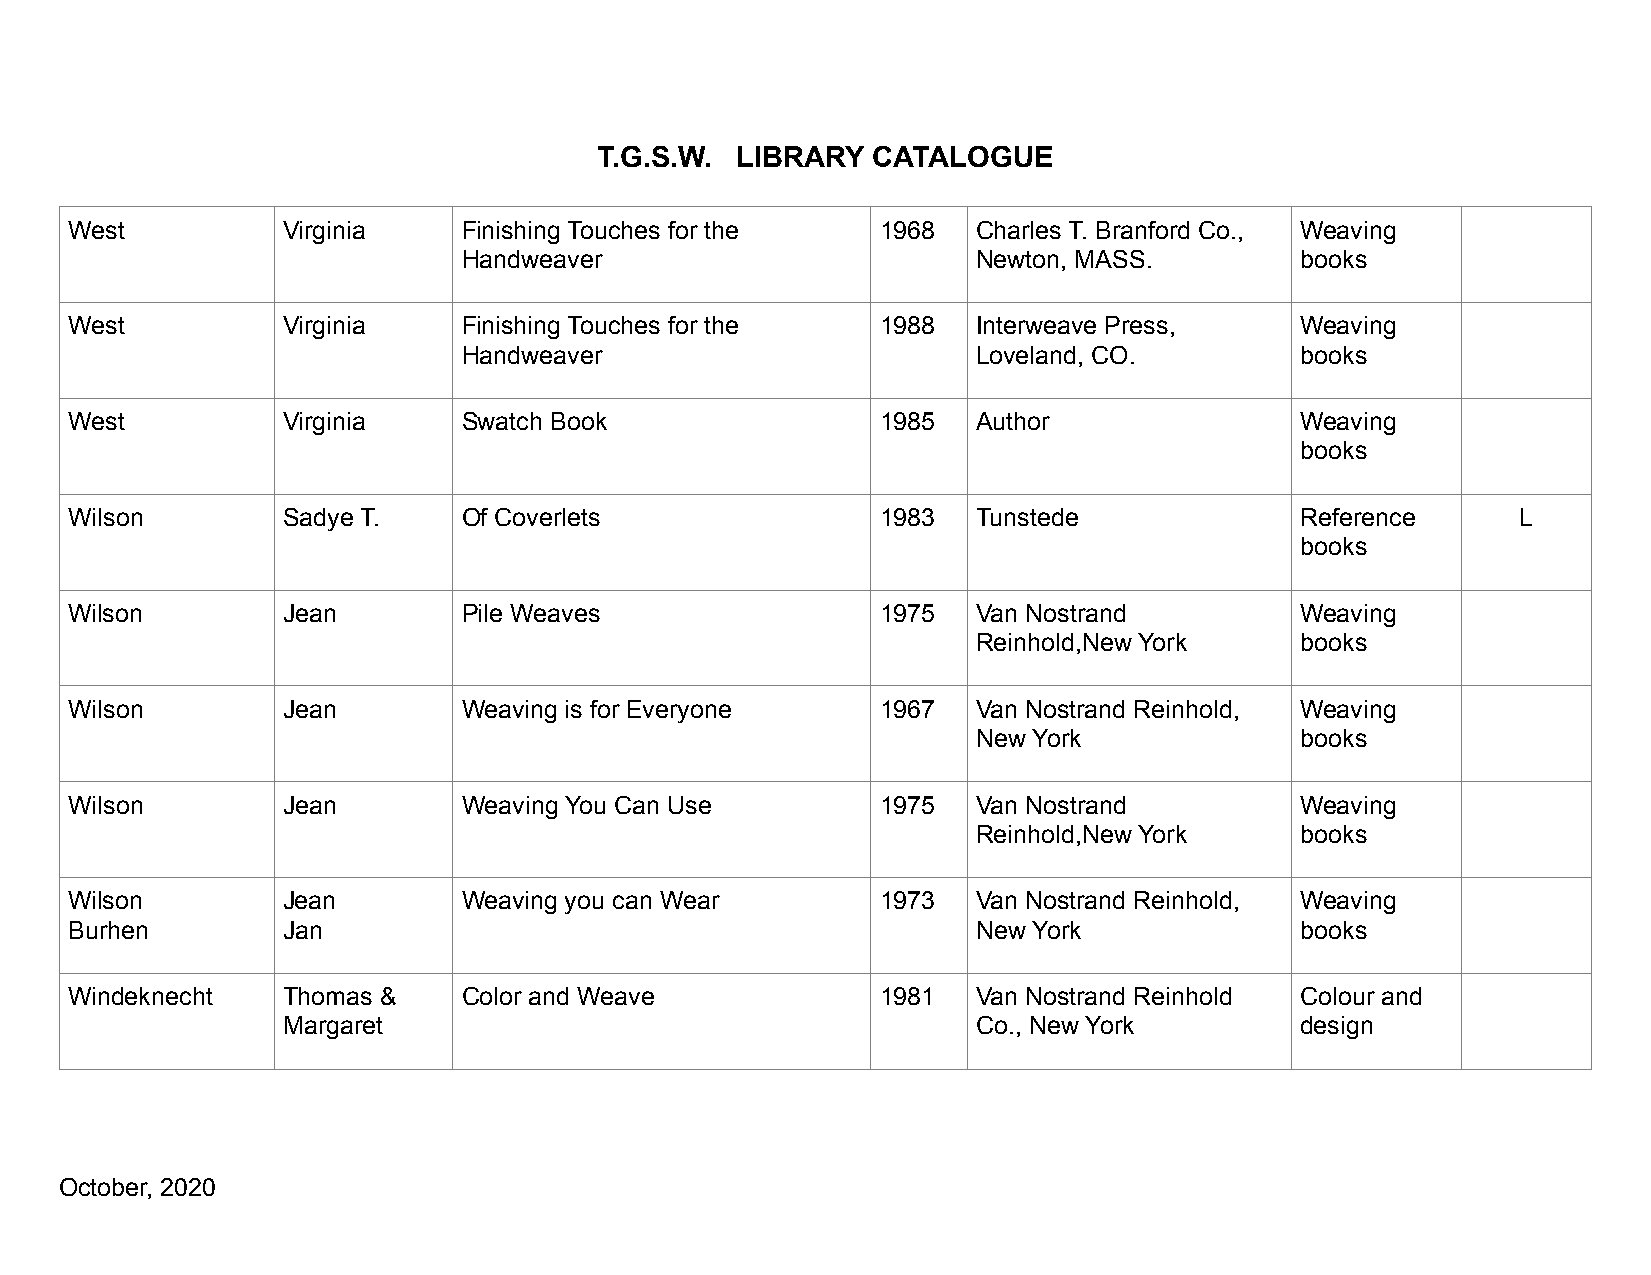
T.G.S.W. LIBRARY  CATALOGUE
 West          Virginia    Finishing Touches for the  1968   Charles T. Branford Co., Weaving
 Handweaver                        Newton, MASS.        books
 West          Virginia    Finishing Touches for the  1988   Interweave Press,    Weaving
 Handweaver                        Loveland, CO.        books
 West          Virginia    Swatch Book                1985   Author               Weaving
 books
 Wilson        Sadye T.    Of Coverlets               1983   Tunstede             Reference      L
 books
 Wilson        Jean        Pile Weaves                1975   Van Nostrand         Weaving
 Reinhold,New York    books
 Wilson        Jean        Weaving is for Everyone    1967   Van Nostrand Reinhold, Weaving
 New York             books
 Wilson        Jean        Weaving You Can Use        1975   Van Nostrand         Weaving
 Reinhold,New York    books
 Wilson        Jean        W eaving you can Wear      1973   Van Nostrand Reinhold, Weaving
 Burhen        Jan                                           New York             books
 Windeknecht   Thomas &    Color and Weave            1981   Van Nostrand Reinhold Colour and
 Margaret                                      Co., New York        design
 October, 2020